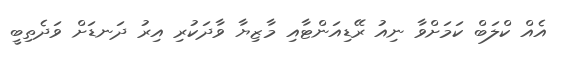
އެއް ކްލަބް ކަމަށްވާ ނިއު ރޭޑިއަންޓާއި މާޒިޔާ ވާދަކުރި އިރު ދަނޑަށް ވަދެތިބީ